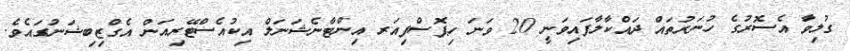
ގުލިވަާ އެސޮރުގެ ހުނަރުތައް ދައްކާލާފައިވަނީ 20 ވަނަ ހިޕޮސްފިއަރ އިންޓާނެޝަނަލް އިކުއެސްޓޭރިއަން އެގްޒިބިޝަނުގައެވެ.